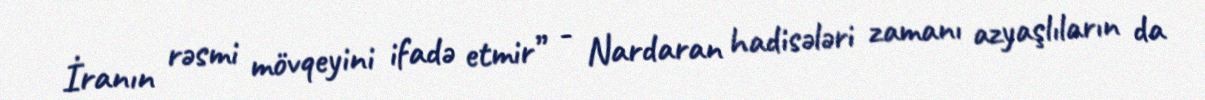
İranın rəsmi mövqeyini ifadə etmir” - Nardaran hadisələri zamanı azyaşlıların da